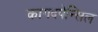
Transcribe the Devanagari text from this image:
कागदपेन्सिल